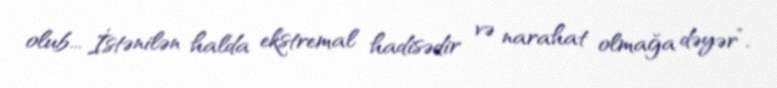
olub... İstənilən halda ekstremal hadisədir və narahat olmağa dəyər”.